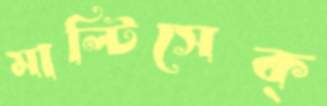
মাল্টিসেক্